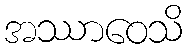
အဿာဝေသိ